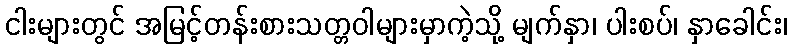
ငါးများတွင် အမြင့်တန်းစားသတ္တဝါများမှာကဲ့သို့ မျက်နှာ၊ ပါးစပ်၊ နှာခေါင်း၊